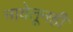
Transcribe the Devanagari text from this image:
नावेतूनही